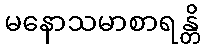
မနောသမာစာရန္တိ